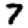
Digit: 7